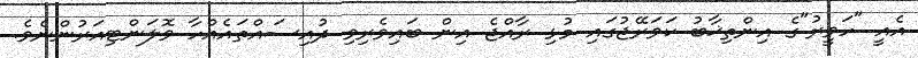
އެއީ "ހަވީރު"ގެ އިންތިޚާބު ކަވަރޭޖުގައި މުޅި ރާއްޖެ އިން ބައިވެރިވި ދުއިސައްތައެއްހާ ވޮލަންޓިއަރުންނެވެ.